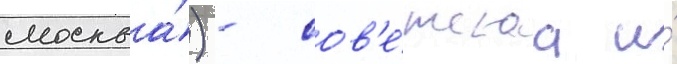
москва́) - сов'е́тскаа и́